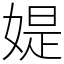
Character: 媞